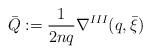
LaTeX: \begin{align*}\bar{Q}:=\frac{1}{2nq}\nabla^{III}(q,\bar{\xi}) \end{align*}